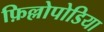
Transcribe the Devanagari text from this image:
फ़िल्लोपोडिया